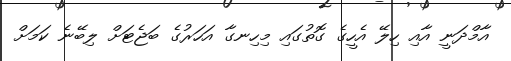
އާމްދަނީ އާއި ހިލޭ އެހީގެ ގޮތުގައި މިހިނގާ އަހަރުގެ ބަޖެޓަށް ލިބޭނެ ކަމަށް